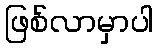
ဖြစ်လာမှာပါ